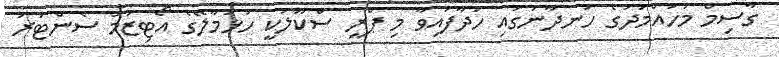
ގާސިމް މުހައްމަދުގެ ހަނދާނުގައި ހަދާފައިވާ މި ޕްރީ ސްކޫލަކީ ހުޅުމާލޭގެ އޯޓިޒަމް ސެންޓަރު